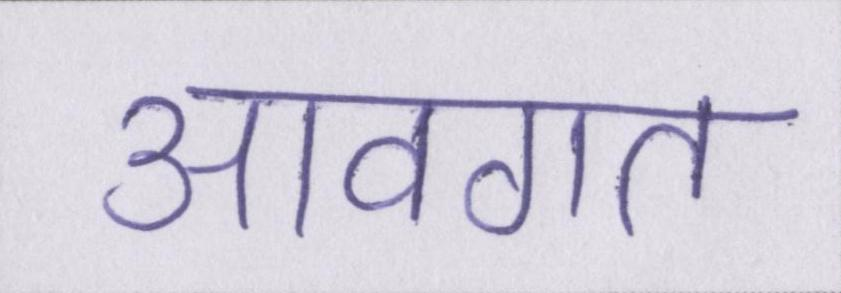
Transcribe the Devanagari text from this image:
आवगत